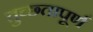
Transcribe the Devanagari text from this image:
तुच्छ्तापूर्ण